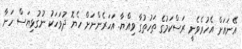
އޭނައަށް އެހުރެވެނީ ރަސްކަމުގެ ތަހުތުގާ ވިއްޔާ. އަހަރެންނަށް ހެޔޮ ދުވަހަކު ނުގުޅިޔަސް ހަނާ